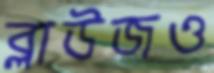
ব্লাউজও